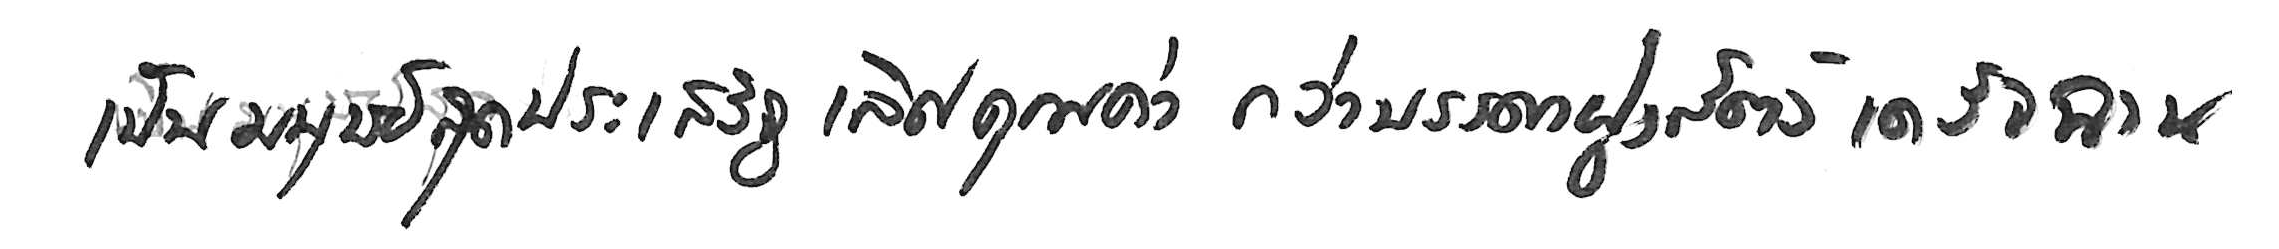
เป็นมนุษย์สุดประเสริฐเลิศคุณค่า กว่าบรรดาฝูงสัตว์เดรัจฉาน